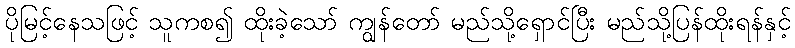
ပိုမြင့်နေသဖြင့် သူကစ၍ ထိုးခဲ့သော် ကျွန်တော် မည်သို့ရှောင်ပြီး မည်သို့ပြန်ထိုးရန်နှင့်